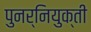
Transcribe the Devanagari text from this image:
पुनर्नियुक्ती